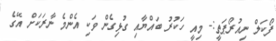
ފޯކަލް ނިއުރޯޕަތީ:- މިއީ ހަކުރު ބައްޔާއި ގުޅިގެން ވަކި އެންމެ ނާރަކަށް އޭގެ